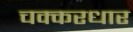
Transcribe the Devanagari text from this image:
चक्करधार